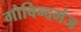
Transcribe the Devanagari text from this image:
गोविन्‍दगंज